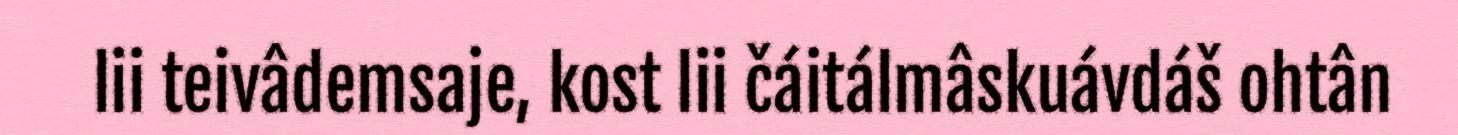
lii teivâdemsaje, kost lii čáitálmâskuávdáš ohtân